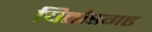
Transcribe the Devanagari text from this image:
चितौडगढ